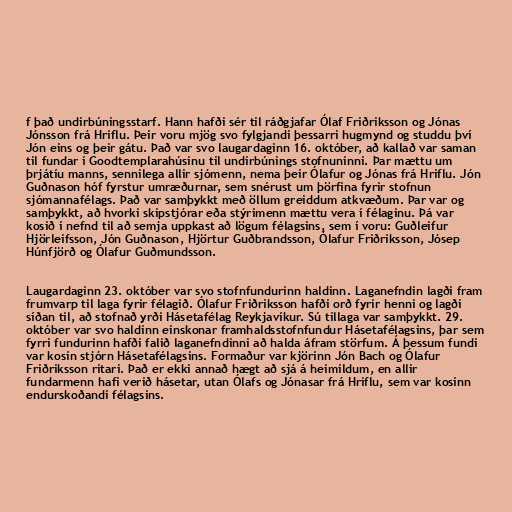
f það undirbúningsstarf. Hann hafði sér til ráðgjafar Ólaf Friðriksson og Jónas
Jónsson frá Hriflu. Þeir voru mjög svo fylgjandi þessarri hugmynd og studdu því
Jón eins og þeir gátu. Það var svo laugardaginn 16. október, að kallað var saman
til fundar í Goodtemplarahúsinu til undirbúnings stofnuninni. Þar mættu um
þrjátíu manns, sennilega allir sjómenn, nema þeir Ólafur og Jónas frá Hriflu. Jón
Guðnason hóf fyrstur umræðurnar, sem snérust um þörfina fyrir stofnun
sjómannafélags. Það var samþykkt með öllum greiddum atkvæðum. Þar var og
samþykkt, að hvorki skipstjórar eða stýrimenn mættu vera í félaginu. Þá var
kosið í nefnd til að semja uppkast að lögum félagsins, sem í voru: Guðleifur
Hjörleifsson, Jón Guðnason, Hjörtur Guðbrandsson, Ólafur Friðriksson, Jósep
Húnfjörð og Ólafur Guðmundsson.

Laugardaginn 23. október var svo stofnfundurinn haldinn. Laganefndin lagði fram
frumvarp til laga fyrir félagið. Ólafur Friðriksson hafði orð fyrir henni og lagði
síðan til, að stofnað yrði Hásetafélag Reykjavíkur. Sú tillaga var samþykkt. 29.
október var svo haldinn einskonar framhaldsstofnfundur Hásetafélagsins, þar sem
fyrri fundurinn hafði falið laganefndinni að halda áfram störfum. Á þessum fundi
var kosin stjórn Hásetafélagsins. Formaður var kjörinn Jón Bach og Ólafur
Friðriksson ritari. Það er ekki annað hægt að sjá á heimildum, en allir
fundarmenn hafi verið hásetar, utan Ólafs og Jónasar frá Hriflu, sem var kosinn
endurskoðandi félagsins.